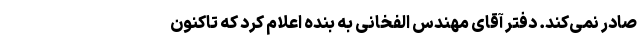
صادر نمی‌کند. دفتر آقای مهندس الفخانی به بنده اعلام کرد که تاکنون